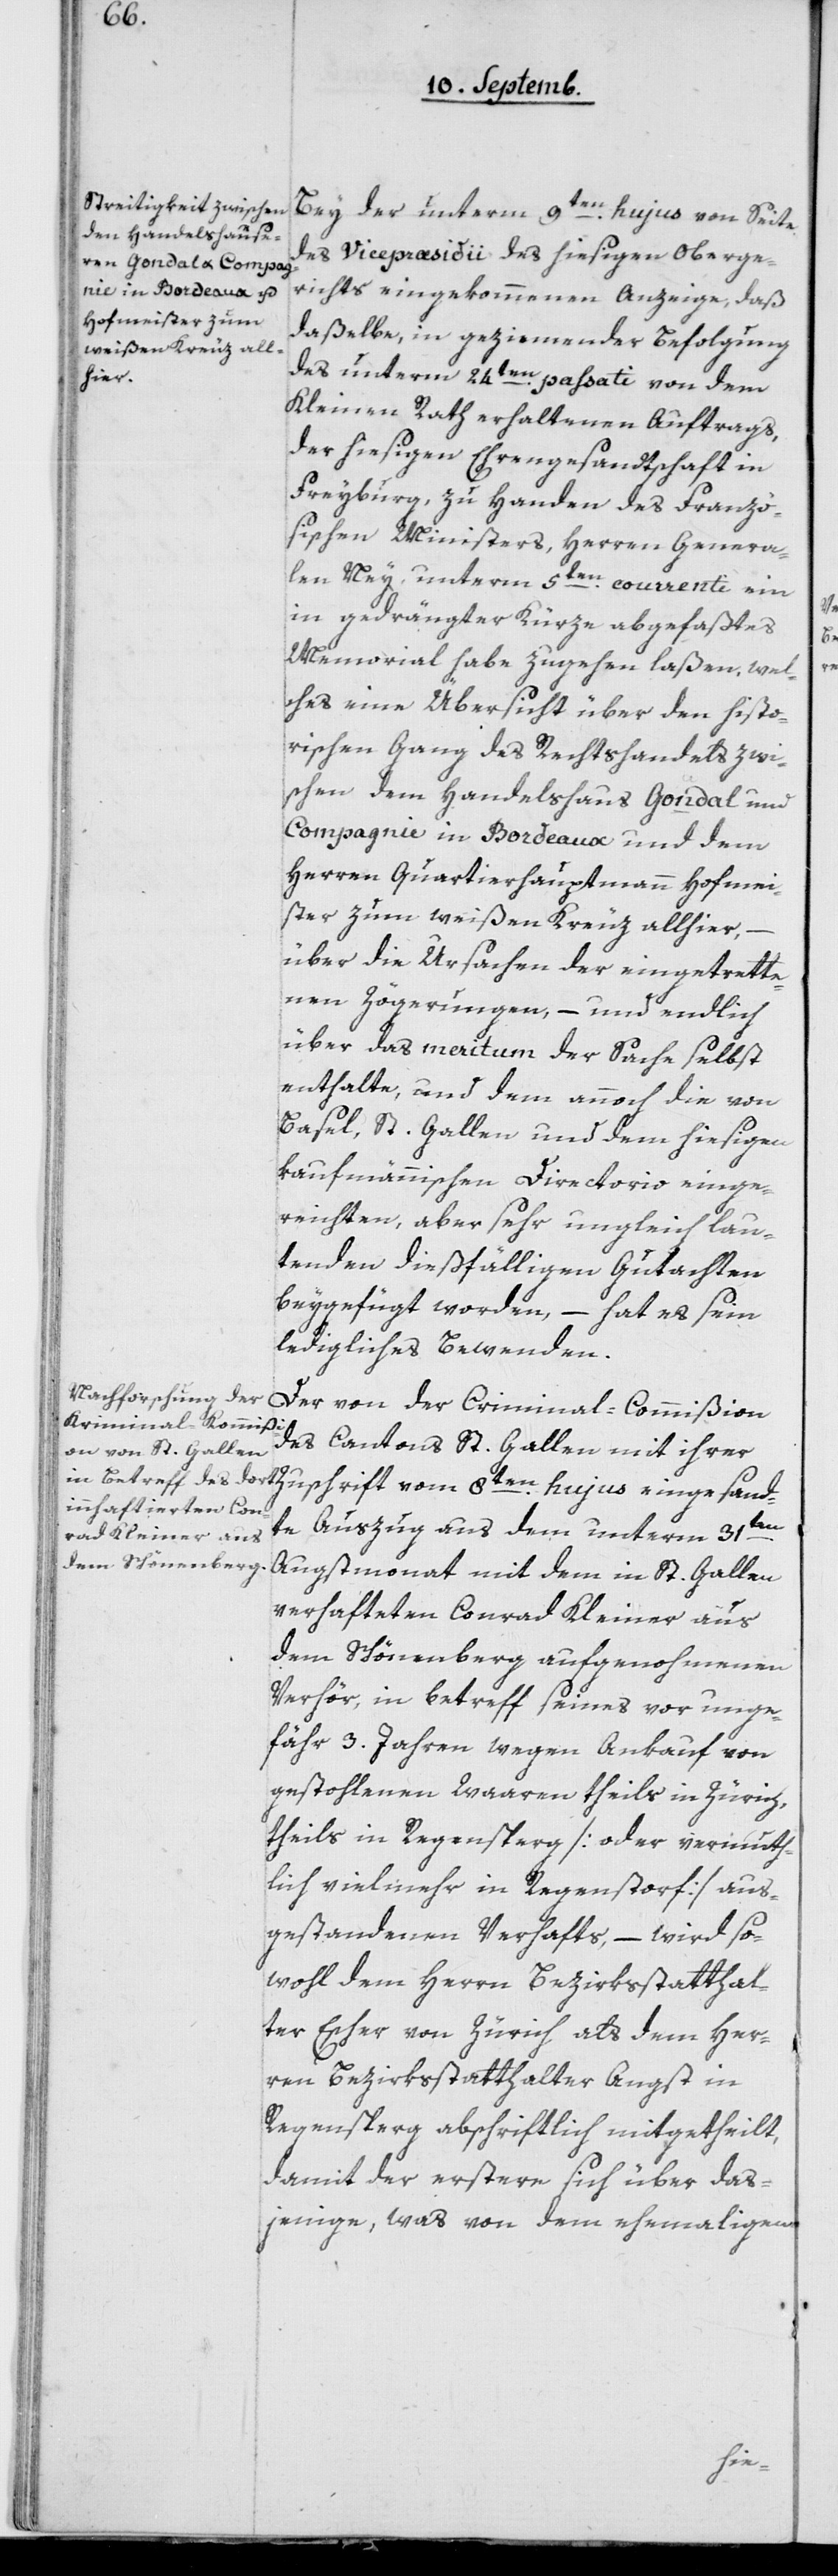
Bey der unterm 9ten hujus von Seite
des Vicepraesidii des hiesigen Oberge¬
richts eingekommene Anzeige, daß
daßelbe, in geziemender Befolgung
des unterm 24ten passati von dem
Kleinen Rath erhaltenen Auftrags,
der hiesigen Ehrengesandtschaft in
Freyburg, zu Handen des Franzö¬
sischen Ministers, Herren Genera¬
len Ney, unterm 5ten courrenti ein
in gedrängter Kürze abgefaßtes
Memorial habe zugehen laßen, wel¬
ches eine Übersicht über den histo¬
rischen Gang des Rechtshandels zwi¬
schen dem Handelshaus Gondal und
Compagnie in Bordeaux und dem
Herren Quartierhauptmann Hofmei¬
ster zum weißen Kreuz allhier,
über die Ursachen der eingetrette¬
nen Zögerungen, – und endlich
über das meritum der Sache selbst
enthalte, und dem annoch die von
Basel, St. Gallen und dem hiesigen
kaufmännischen Directorio einge¬
reichten, aber sehr ungleich lau¬
tenden dießfälligen Gutachten
beygefügt worden, – hat es sein
ledigliches Bewenden.
Der von der Criminal-Commißion
des Cantons St. Gallen mit ihrer
dte Auszug aus dem unterm 31ten
Augstmonat mit dem in St. Gallen
verhafteten Conrad Kleiner aus
dem Schönenberg aufgenomhmenen
Verhör, in Betreff seines vor unge¬
fähr 3 Jahren wegen Ankauf von
gestohlenen Waaren theils in Zürich,
theils in Regensperg [oder vermuth¬
lich vielmehr in Regenstorf] aus¬
gestandenen Verhafts, – wird so¬
wohl dem Herrn Bezirksstatthal¬
ter Escher von Zürich als dem Her¬
ren Bezirksstatthalter Angst in
Regensperg abschriftlich mitgetheilt,
damit der erstere sich über das¬
jenige, was von dem ehemaligen
san¬